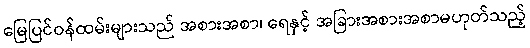
မြေပြင်ဝန်ထမ်းများသည် အစားအစာ၊ ရေနှင့် အခြားအစားအစာမဟုတ်သည့်